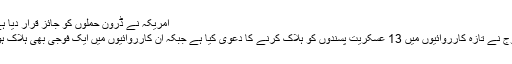
امریکہ نے ڈرون حملوں کو جائز قرار دیا ہے
فوج نے تازہ کارروائیوں میں 13 عسکریت پسندوں کو ہلاک کرنے کا دعویٰ کیا ہے جبکہ ان کارروائیوں میں ایک فوجی بھی ہلاک ہوا۔